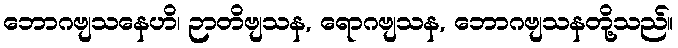
ဘောဂဗျသနေဟိ၊ ဉာတိဗျသန, ရောဂဗျသန, ဘောဂဗျသနတို့သည်။